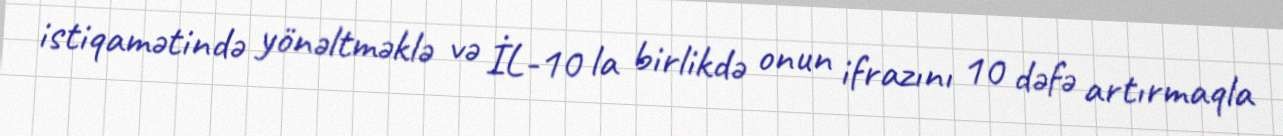
istiqamətində yönəltməklə və İL-10 la birlikdə onun ifrazını 10 dəfə artırmaqla